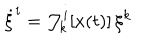
LaTeX: \dot { \xi } ^ { i } = { \cal J } _ { k } ^ { i } [ x ( t ) ] \, \xi ^ { k }